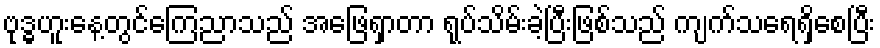
ဗုဒ္ဓဟူးနေ့တွင်ကြေညာသည် အဖြေရှာတာ ရုပ်သိမ်းခဲ့ပြီးဖြစ်သည် ကျက်သရေရှိစေပြီး